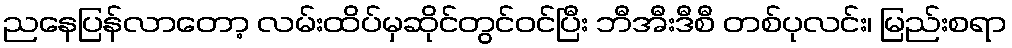
ညနေပြန်လာတော့ လမ်းထိပ်မှဆိုင်တွင်ဝင်ပြီး ဘီအီးဒီစီ တစ်ပုလင်း၊ မြည်းစရာ